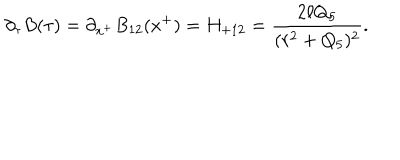
\partial _ { \tau } B ( \tau ) = \partial _ { x ^ { + } } B _ { 1 2 } ( x ^ { + } ) = H _ { + 1 2 } = { \frac { 2 \ell Q _ { 5 } } { ( r ^ { 2 } + Q _ { 5 } ) ^ { 2 } } } .